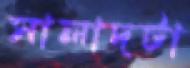
সালাদটা